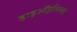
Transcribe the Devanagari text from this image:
डाइऑइसियस